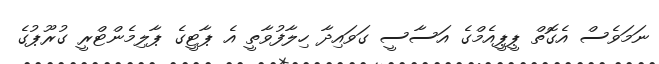
ނަމަވެސް އެގޮތް ޕީޕީއެމްގެ އަސާސީ ގަވައިދާ ހިލާފުވާތީ އެ ޕާޓީގެ ޕާލިމެންޓްރީ ގުރޫޕުގެ